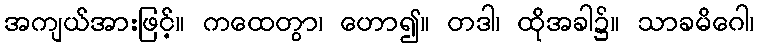
အကျယ်အားဖြင့်။ ကထေတွာ၊ ဟော၍။ တဒါ၊ ထိုအခါ၌။ သာခမိဂေါ၊